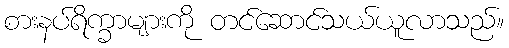
စားနပ်ရိက္ခာများကို တင်ဆောင်သယ်ယူလာသည်။